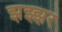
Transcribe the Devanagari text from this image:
झझ्झर